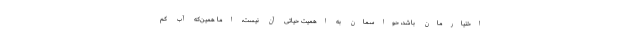
اختیارمان باشد، حواسمان به اهمیت حیاتی آن نیست، اما همین‌که آب کم